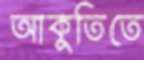
আকুতিতে